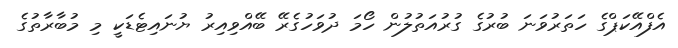
އެފްއޭކަޕްގެ ހަތަރުވަނަ ބުރުގެ ގުރުއަތުލުން ހޯމަ ދުވަހުގެރޭ ބޭއްވިއިރު ޔުނައިޓެޑަކީ މި މުބާރާތުގެ